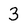
Character: 3